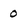
Character: 0